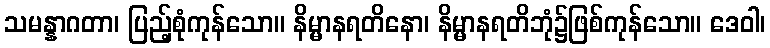
သမန္နာဂတာ၊ ပြည့်စုံကုန်သော။ နိမ္မာနရတိနော၊ နိမ္မာနရတိဘုံ၌ဖြစ်ကုန်သော။ ဒေဝါ၊